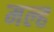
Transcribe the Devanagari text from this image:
मल्ह